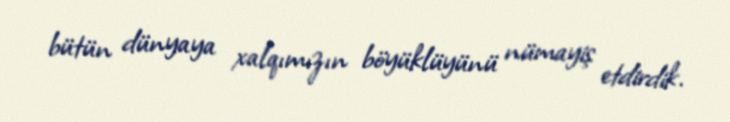
bütün dünyaya xalqımızın böyüklüyünü nümayiş etdirdik.